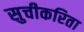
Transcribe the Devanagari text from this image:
सुचीकरिता